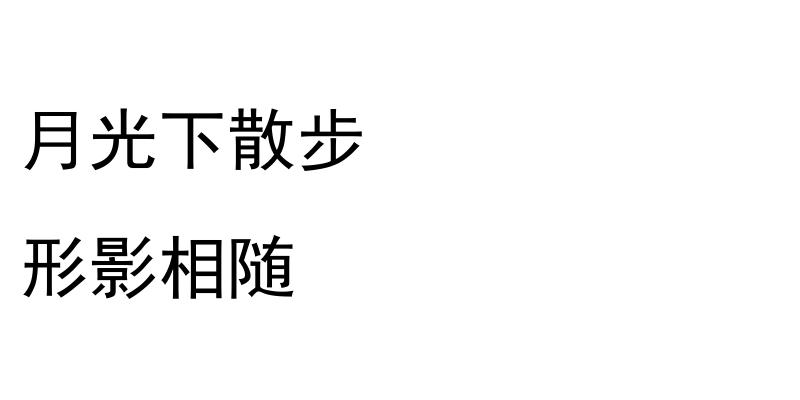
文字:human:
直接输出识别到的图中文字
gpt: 月光下散步 形影相随